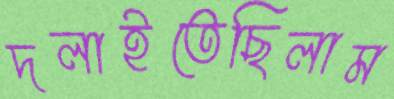
দলাইতেছিলাম